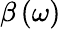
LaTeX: \beta\left(\omega\right)